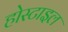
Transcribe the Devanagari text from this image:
होस्टाइल